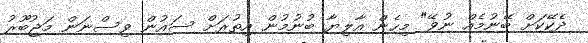
ދެކޭކަށް ބޭނުމެއް ނުވޭ" މިހެން އާލިޔާ ބުނުމުން އިތުރަށް ސައުން ވިސްނަން މަޖުބޫރު